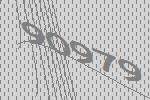
90979